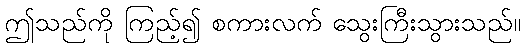
ဤသည်ကို ကြည့်၍ စကားလက် သွေးကြီးသွားသည်။